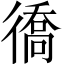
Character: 𢕪